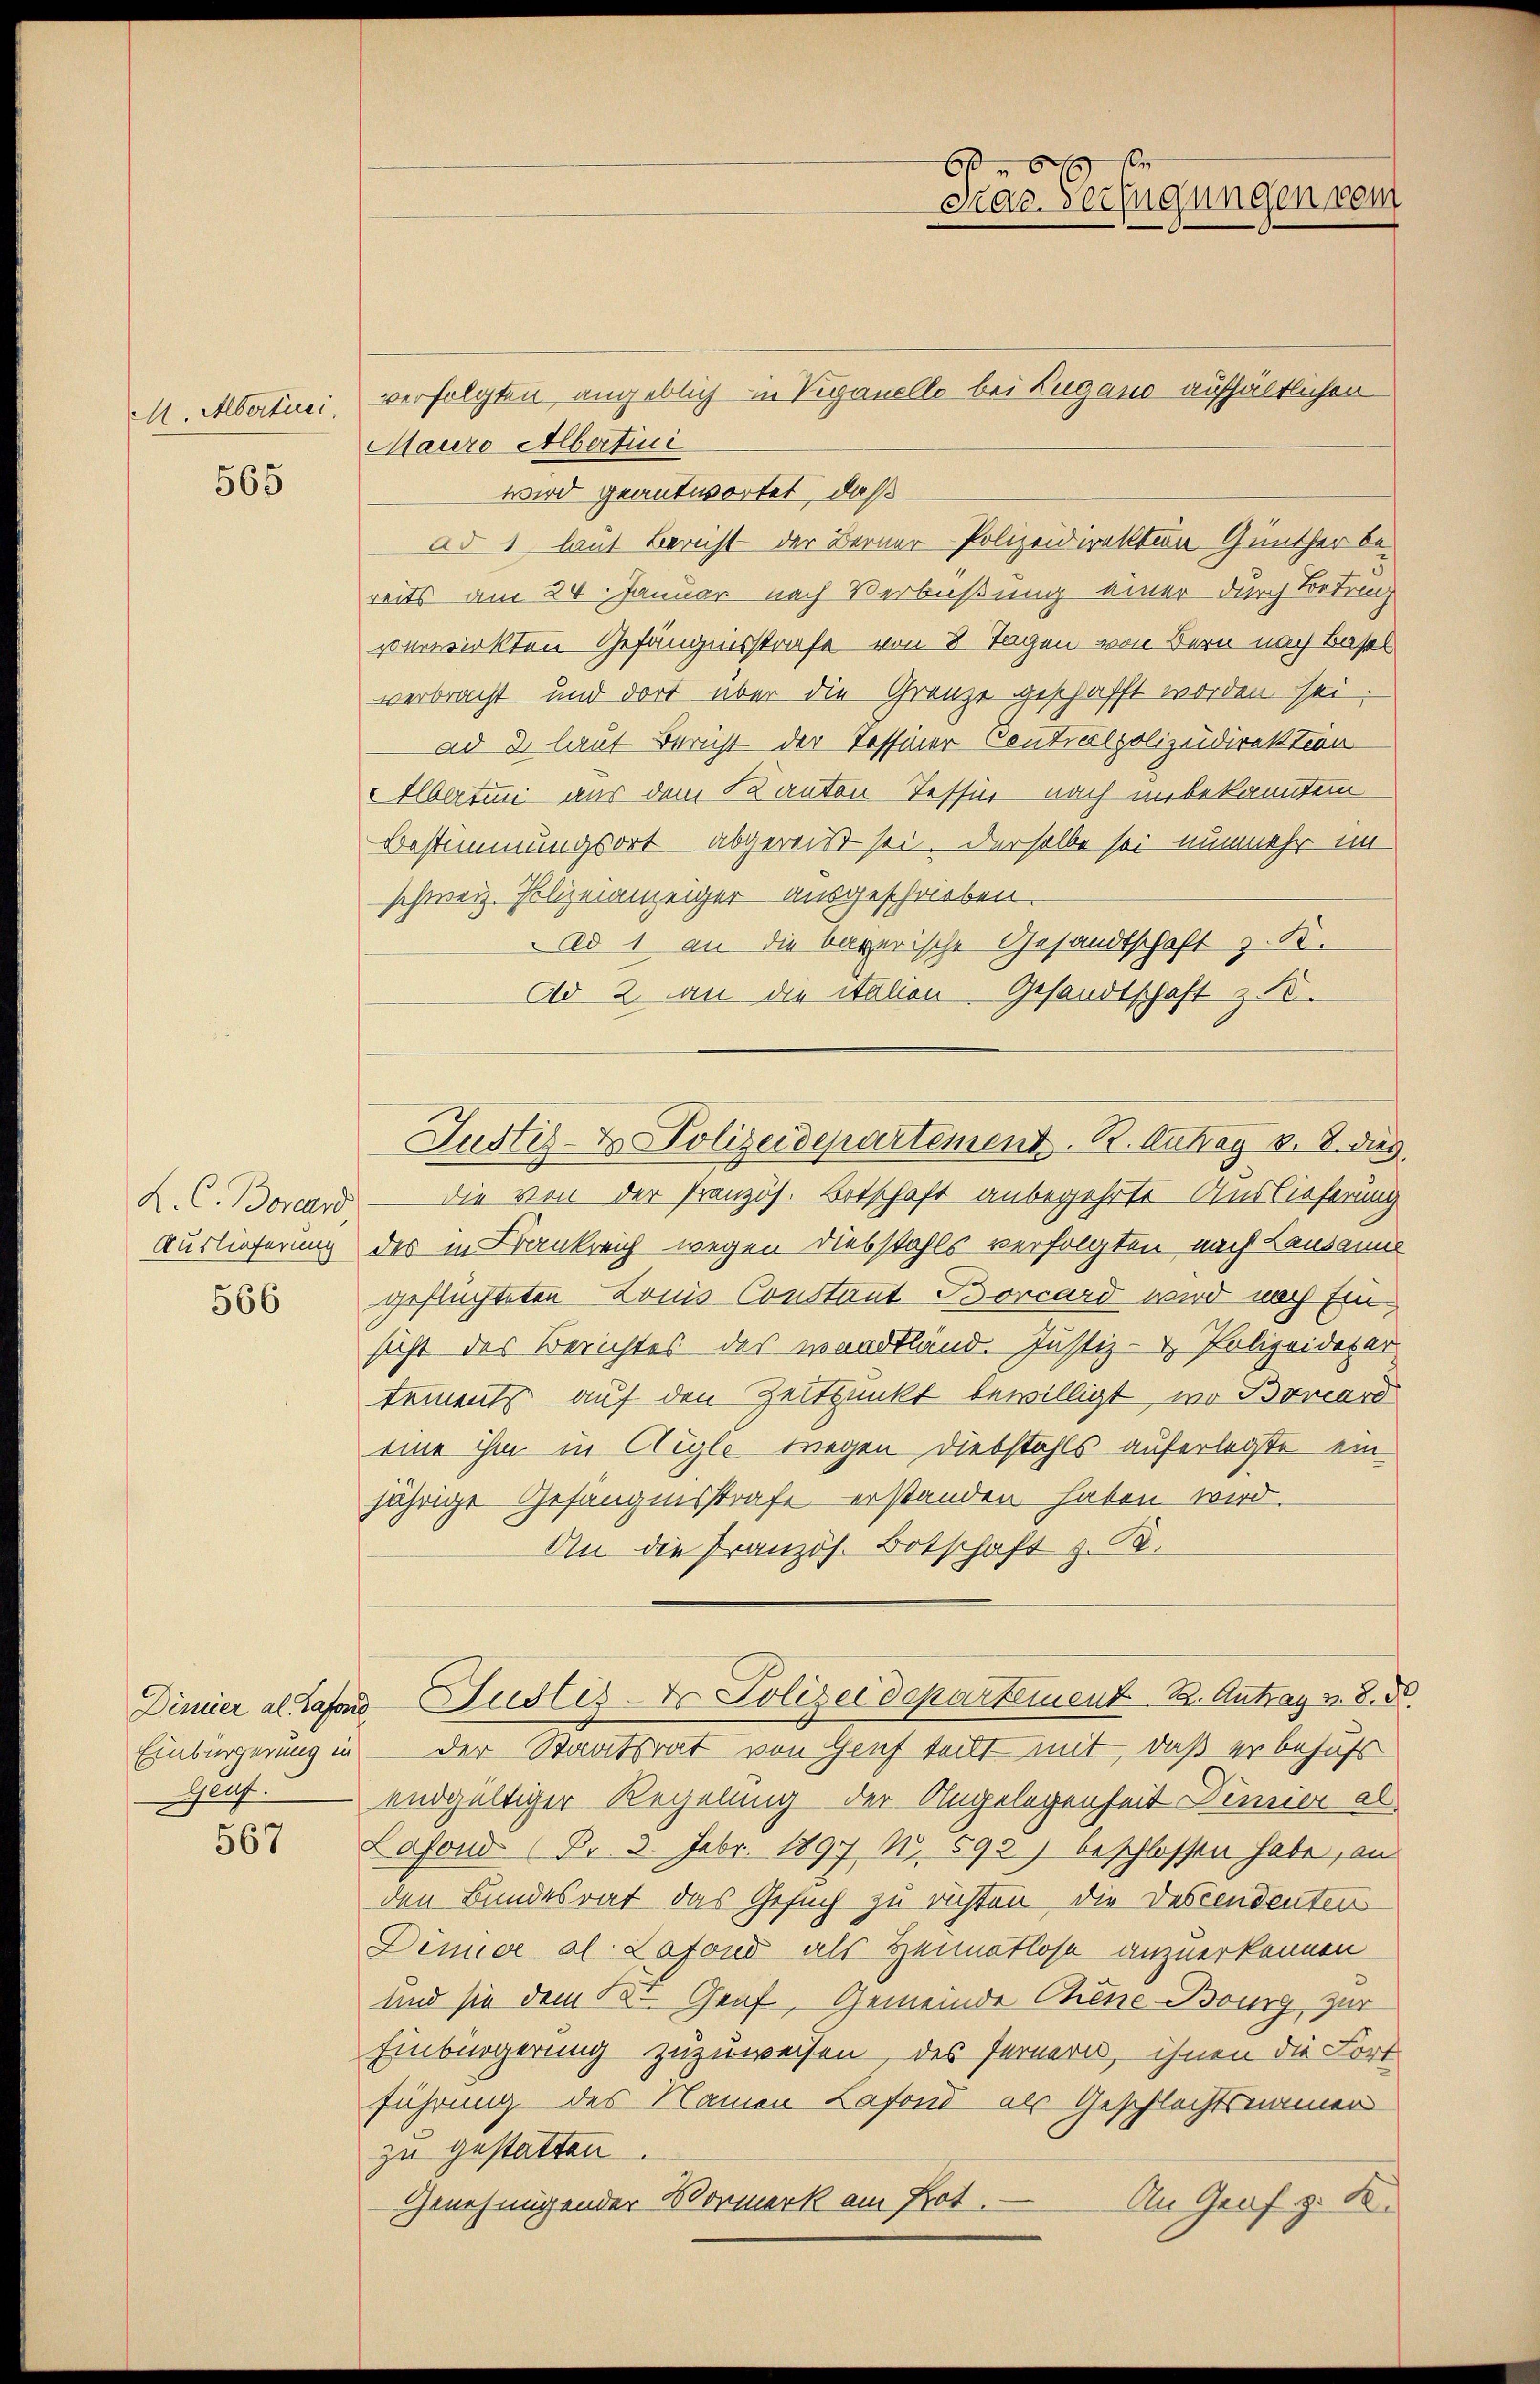
M. Abertrei

565

K. C. Boreand

566

Einbürgerung in

567

verfolgten angeblich in Veranelle bei Lugano aufhältlichen
Mauro Albertini
wird geantwortet, daß
ad 1, laut Bericht der Berner Polizeidirektion Günther bereits am 24. Januar nach Verbüßung einer durch Betrach
verwirkten Gefängnisstrafe von 8 Tagen von Bern nach Basel
verbracht und dort über die Grenze geschafft worden sei.
ad 3 laut Bericht der Tessiner Contralpolizeidirektion
Albertin aus dem Kanton Tessir nach unbekanntem
Bestimmungsort abgereist sei. Derselbe sei nunmehr im
schweiz. Polizeianzeiger ausgeschrieben.
Ad 1 an die bayerische Gesandtschaft z. K.
Ad 2. an die italien. Gesandtschaft z. B.
die von der Französ. Botschaft anbegehrte Auslieferung
Auslieferung des in Krankreich wegen Diebstahls verfolgten nach Lausanne
geflüchteten Lonis Constant Borcard wird nach Einsicht des Berichtes des wardtland. Justiz- & Polizeidepar
tements auf den Zeitpunkt bewilligt, wo Bavard
eine ihm in Aigle wegen Diebstahls auferlegte einjährige Gefängnisstrafe erstanden haben wird.
An die Pranzös. Botschaft z. B.
Dimier als Tafer Justiz- & Polizeidepartement. B. Antrag v. 8. d.
der Staatsrat von Graf teilt mit, daß er behufs
Genf. endgültiger Regelung der Angelegenheit Dimier al
Lofond (Pr. 3. Febr. 1891 No 592) beschlossen habe, an
den Bundesrat das Gesuch zu richten die Descendenten
Dimier al. Lafond als Heimatlose anzuerkennen.
und sie dem Dr. Graf, Gemeinde Chene Bourg zur
Einbürgerung zuzuweisen, des fernern, ihnen die Fort
führung des Namen Lafond als Geschlechtsmannen
zu gestatten.
An Graf z. B.
Genehmigender Vormerk am Kot.

b
mar-Verfügungen vom

Justiz- & Polizeidepartement. R. Antrag v. 8. dies